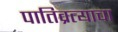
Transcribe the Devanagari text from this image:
पातिव्रत्याचा